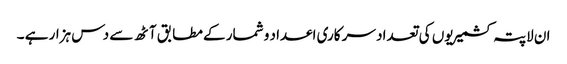
ان لاپتہ کشمیریوں کی تعداد سر کاری اعداد و شمار کے مطابق آٹھ سے دس ہزار ہے ۔